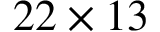
2 2 \times 1 3